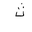
Letter: _tha